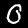
Digit: 0